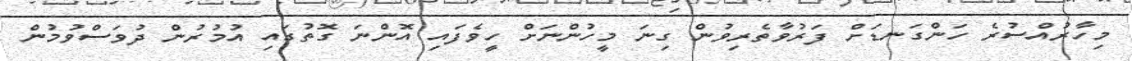
މިހާރުއްސުރެ ހަންގަނޑަށް ފަރުވާތެރިވުން ގިނަ މީހުންނަށް ހީވެފައި އޮންނަ ގޮތުގައި އުމުރުން ދުވަސްވުމުން